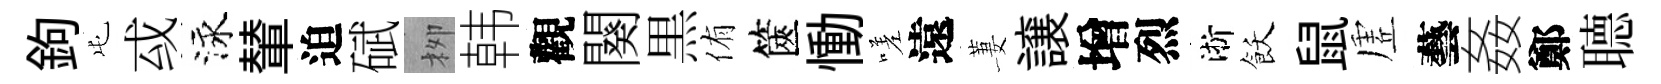
鉤屯㦯泳輦迫碔栁韩觀闋黒侑篋慟嗟遠萋譲增烈淅飫鼠虗藝姦鄭𦗟